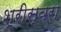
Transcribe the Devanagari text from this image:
श्रीस्वरा